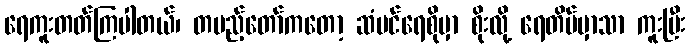
ရေကူးတတ်ကြပါတယ်၊ တပည့်တော်ကတော့ ဆံပင်ရေစိုမှာ စိုးလို့ ရေတိမ်မှာသာ ကူးပြီး